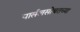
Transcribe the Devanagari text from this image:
पार्सलसोबतच्या